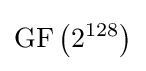
{\text{GF}}\left(2^{128}\right)